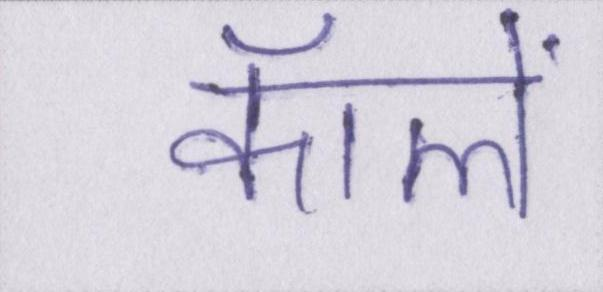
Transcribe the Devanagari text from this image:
कॉलें